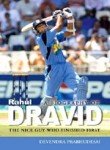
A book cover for A Biography of Rahul Dravid - The Nice Guy Who Finished First; Devendra Prabhudesai; Sports & Outdoors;